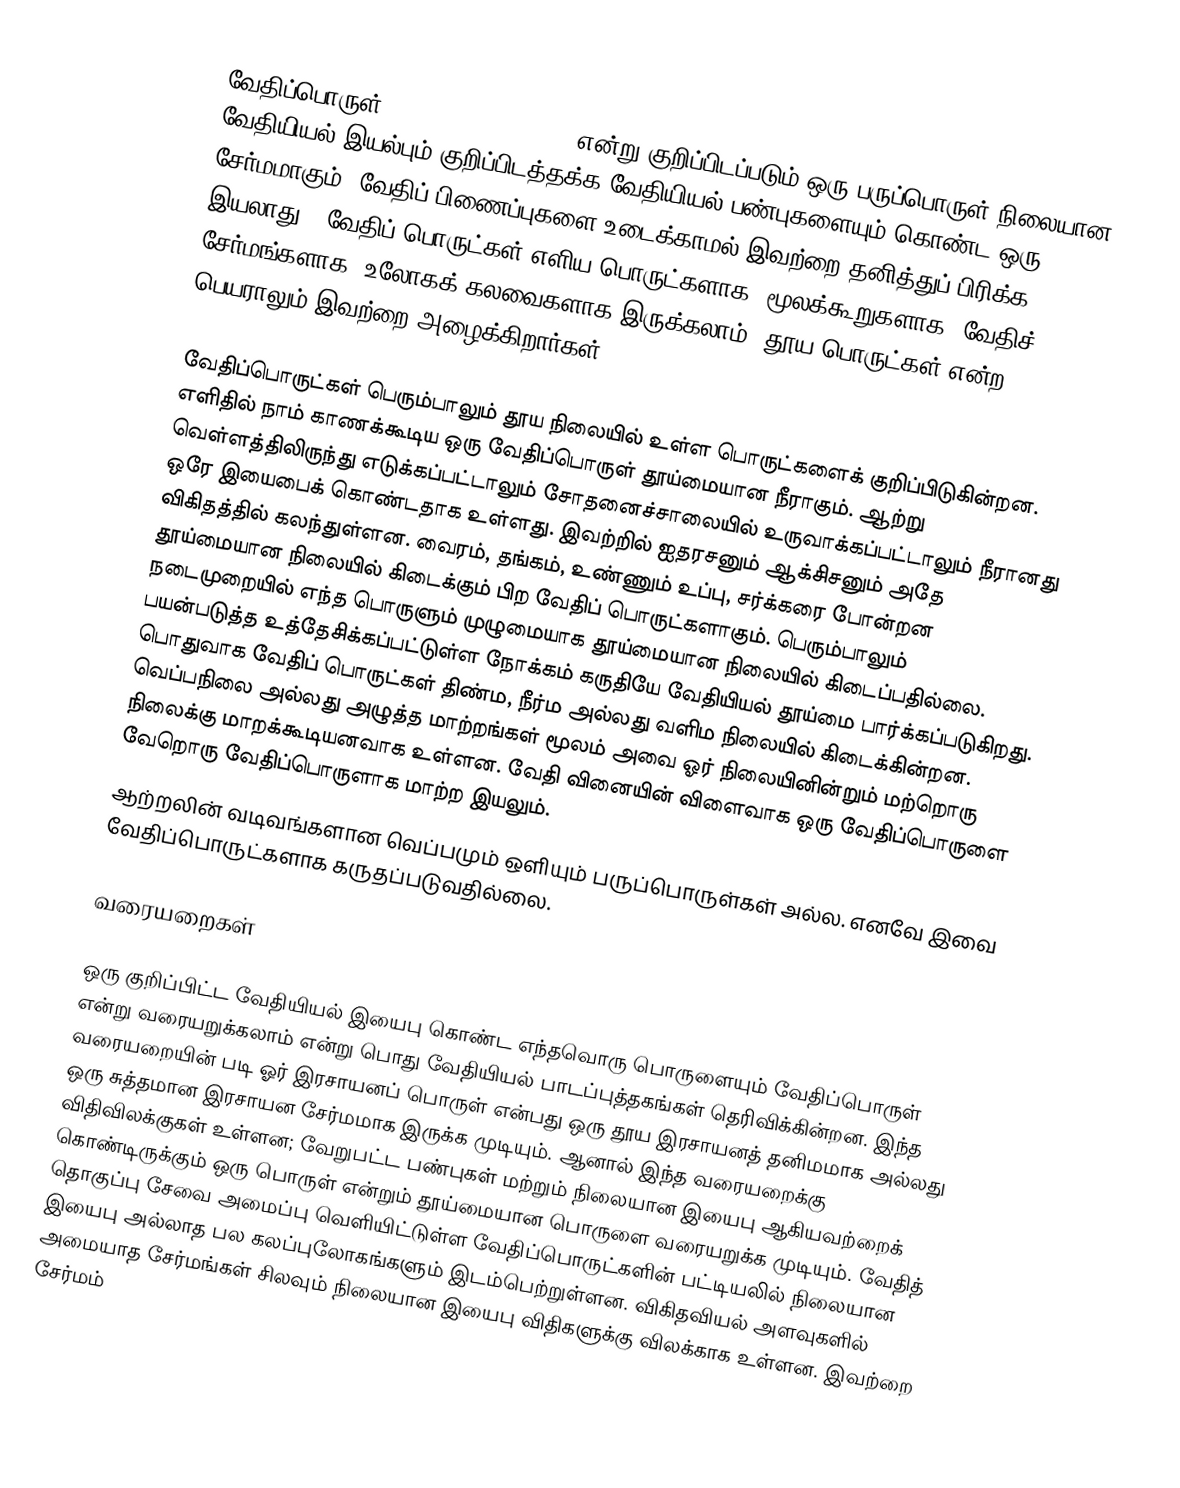
வேதிப்பொருள் (chemical substance) என்று குறிப்பிடப்படும் ஒரு பருப்பொருள் நிலையான வேதியியல் இயல்பும் குறிப்பிடத்தக்க வேதியியல் பண்புகளையும் கொண்ட ஒரு சேர்மமாகும். வேதிப் பிணைப்புகளை உடைக்காமல் இவற்றை தனித்துப் பிரிக்க இயலாது . வேதிப் பொருட்கள் எளிய பொருட்களாக, மூலக்கூறுகளாக, வேதிச் சேர்மங்களாக, உலோகக் கலவைகளாக இருக்கலாம். தூய பொருட்கள் என்ற பெயராலும் இவற்றை அழைக்கிறார்கள்.

வேதிப்பொருட்கள் பெரும்பாலும் தூய நிலையில் உள்ள பொருட்களைக் குறிப்பிடுகின்றன. எளிதில் நாம் காணக்கூடிய ஒரு வேதிப்பொருள் தூய்மையான நீராகும். ஆற்று வெள்ளத்திலிருந்து எடுக்கப்பட்டாலும் சோதனைச்சாலையில் உருவாக்கப்பட்டாலும்  நீரானது ஒரே இயைபைக் கொண்டதாக உள்ளது. இவற்றில் ஐதரசனும் ஆக்சிசனும் அதே விகிதத்தில் கலந்துள்ளன. வைரம், தங்கம், உண்ணும் உப்பு, சர்க்கரை போன்றன தூய்மையான நிலையில் கிடைக்கும் பிற வேதிப் பொருட்களாகும். பெரும்பாலும் நடைமுறையில் எந்த பொருளும் முழுமையாக தூய்மையான நிலையில் கிடைப்பதில்லை. பயன்படுத்த உத்தேசிக்கப்பட்டுள்ள நோக்கம் கருதியே வேதியியல் தூய்மை பார்க்கப்படுகிறது. பொதுவாக வேதிப் பொருட்கள் திண்ம, நீர்ம அல்லது வளிம நிலையில்   கிடைக்கின்றன. வெப்பநிலை அல்லது அழுத்த  மாற்றங்கள் மூலம் அவை ஓர் நிலையினின்றும் மற்றொரு நிலைக்கு  மாறக்கூடியனவாக உள்ளன. வேதி வினையின் விளைவாக ஒரு வேதிப்பொருளை வேறொரு வேதிப்பொருளாக மாற்ற இயலும்.
ஆற்றலின் வடிவங்களான வெப்பமும் ஒளியும் பருப்பொருள்கள் அல்ல. எனவே இவை வேதிப்பொருட்களாக கருதப்படுவதில்லை.

வரையறைகள்

ஒரு குறிப்பிட்ட வேதியியல் இயைபு கொண்ட  எந்தவொரு பொருளையும் வேதிப்பொருள் என்று வரையறுக்கலாம் என்று பொது வேதியியல் பாடப்புத்தகங்கள் தெரிவிக்கின்றன. இந்த வரையறையின் படி ஓர் இரசாயனப் பொருள் என்பது ஒரு தூய இரசாயனத் தனிமமாக  அல்லது ஒரு சுத்தமான இரசாயன சேர்மமாக இருக்க முடியும். ஆனால் இந்த வரையறைக்கு விதிவிலக்குகள் உள்ளன; வேறுபட்ட பண்புகள் மற்றும் நிலையான இயைபு  ஆகியவற்றைக் கொண்டிருக்கும் ஒரு பொருள் என்றும் தூய்மையான பொருளை வரையறுக்க முடியும். வேதித் தொகுப்பு சேவை அமைப்பு வெளியிட்டுள்ள வேதிப்பொருட்களின் பட்டியலில் நிலையான இயைபு அல்லாத பல கலப்புலோகங்களும் இடம்பெற்றுள்ளன. விகிதவியல் அளவுகளில் அமையாத சேர்மங்கள் சிலவும் நிலையான இயைபு விதிகளுக்கு விலக்காக உள்ளன. இவற்றை சேர்மம்